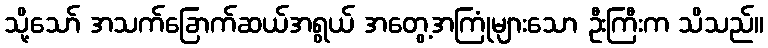
သို့သော် အသက်ခြောက်ဆယ်အရွယ် အတွေ့အကြုံများသော ဦးကြီးက သိသည်။